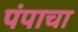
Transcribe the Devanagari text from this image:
पंपाचा